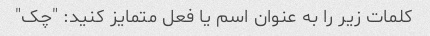
کلمات زیر را به عنوان اسم یا فعل متمایز کنید: "چک"